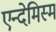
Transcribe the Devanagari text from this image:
एन्देमिस्म